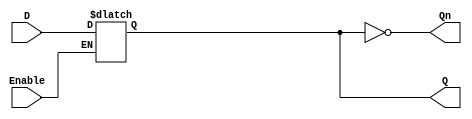
module LatchRegister (
    input wire D,          // Data input
    input wire Enable,     // Control signal
    output reg Q,         // Data output
    output wire Qn        // Inverted output
);

    // Inverted output
    assign Qn = ~Q;

    // Latch behavior
    always @(*) begin
        if (Enable) begin
            Q = D;        // Capture the input data when Enable is high
        end
        // When Enable is low, Q retains its previous value
    end

endmodule